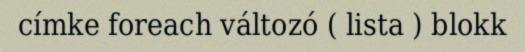
címke foreach változó ( lista ) blokk